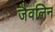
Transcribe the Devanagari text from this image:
जैवलिन